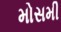
મોસમી